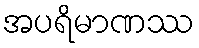
အပရိမာဏဿ